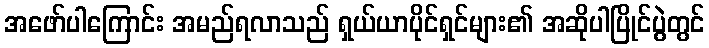
အဖော်ပါကြောင်း အမည်ရလာသည် ရှယ်ယာပိုင်ရှင်များ၏ အဆိုပါပြိုင်ပွဲတွင်